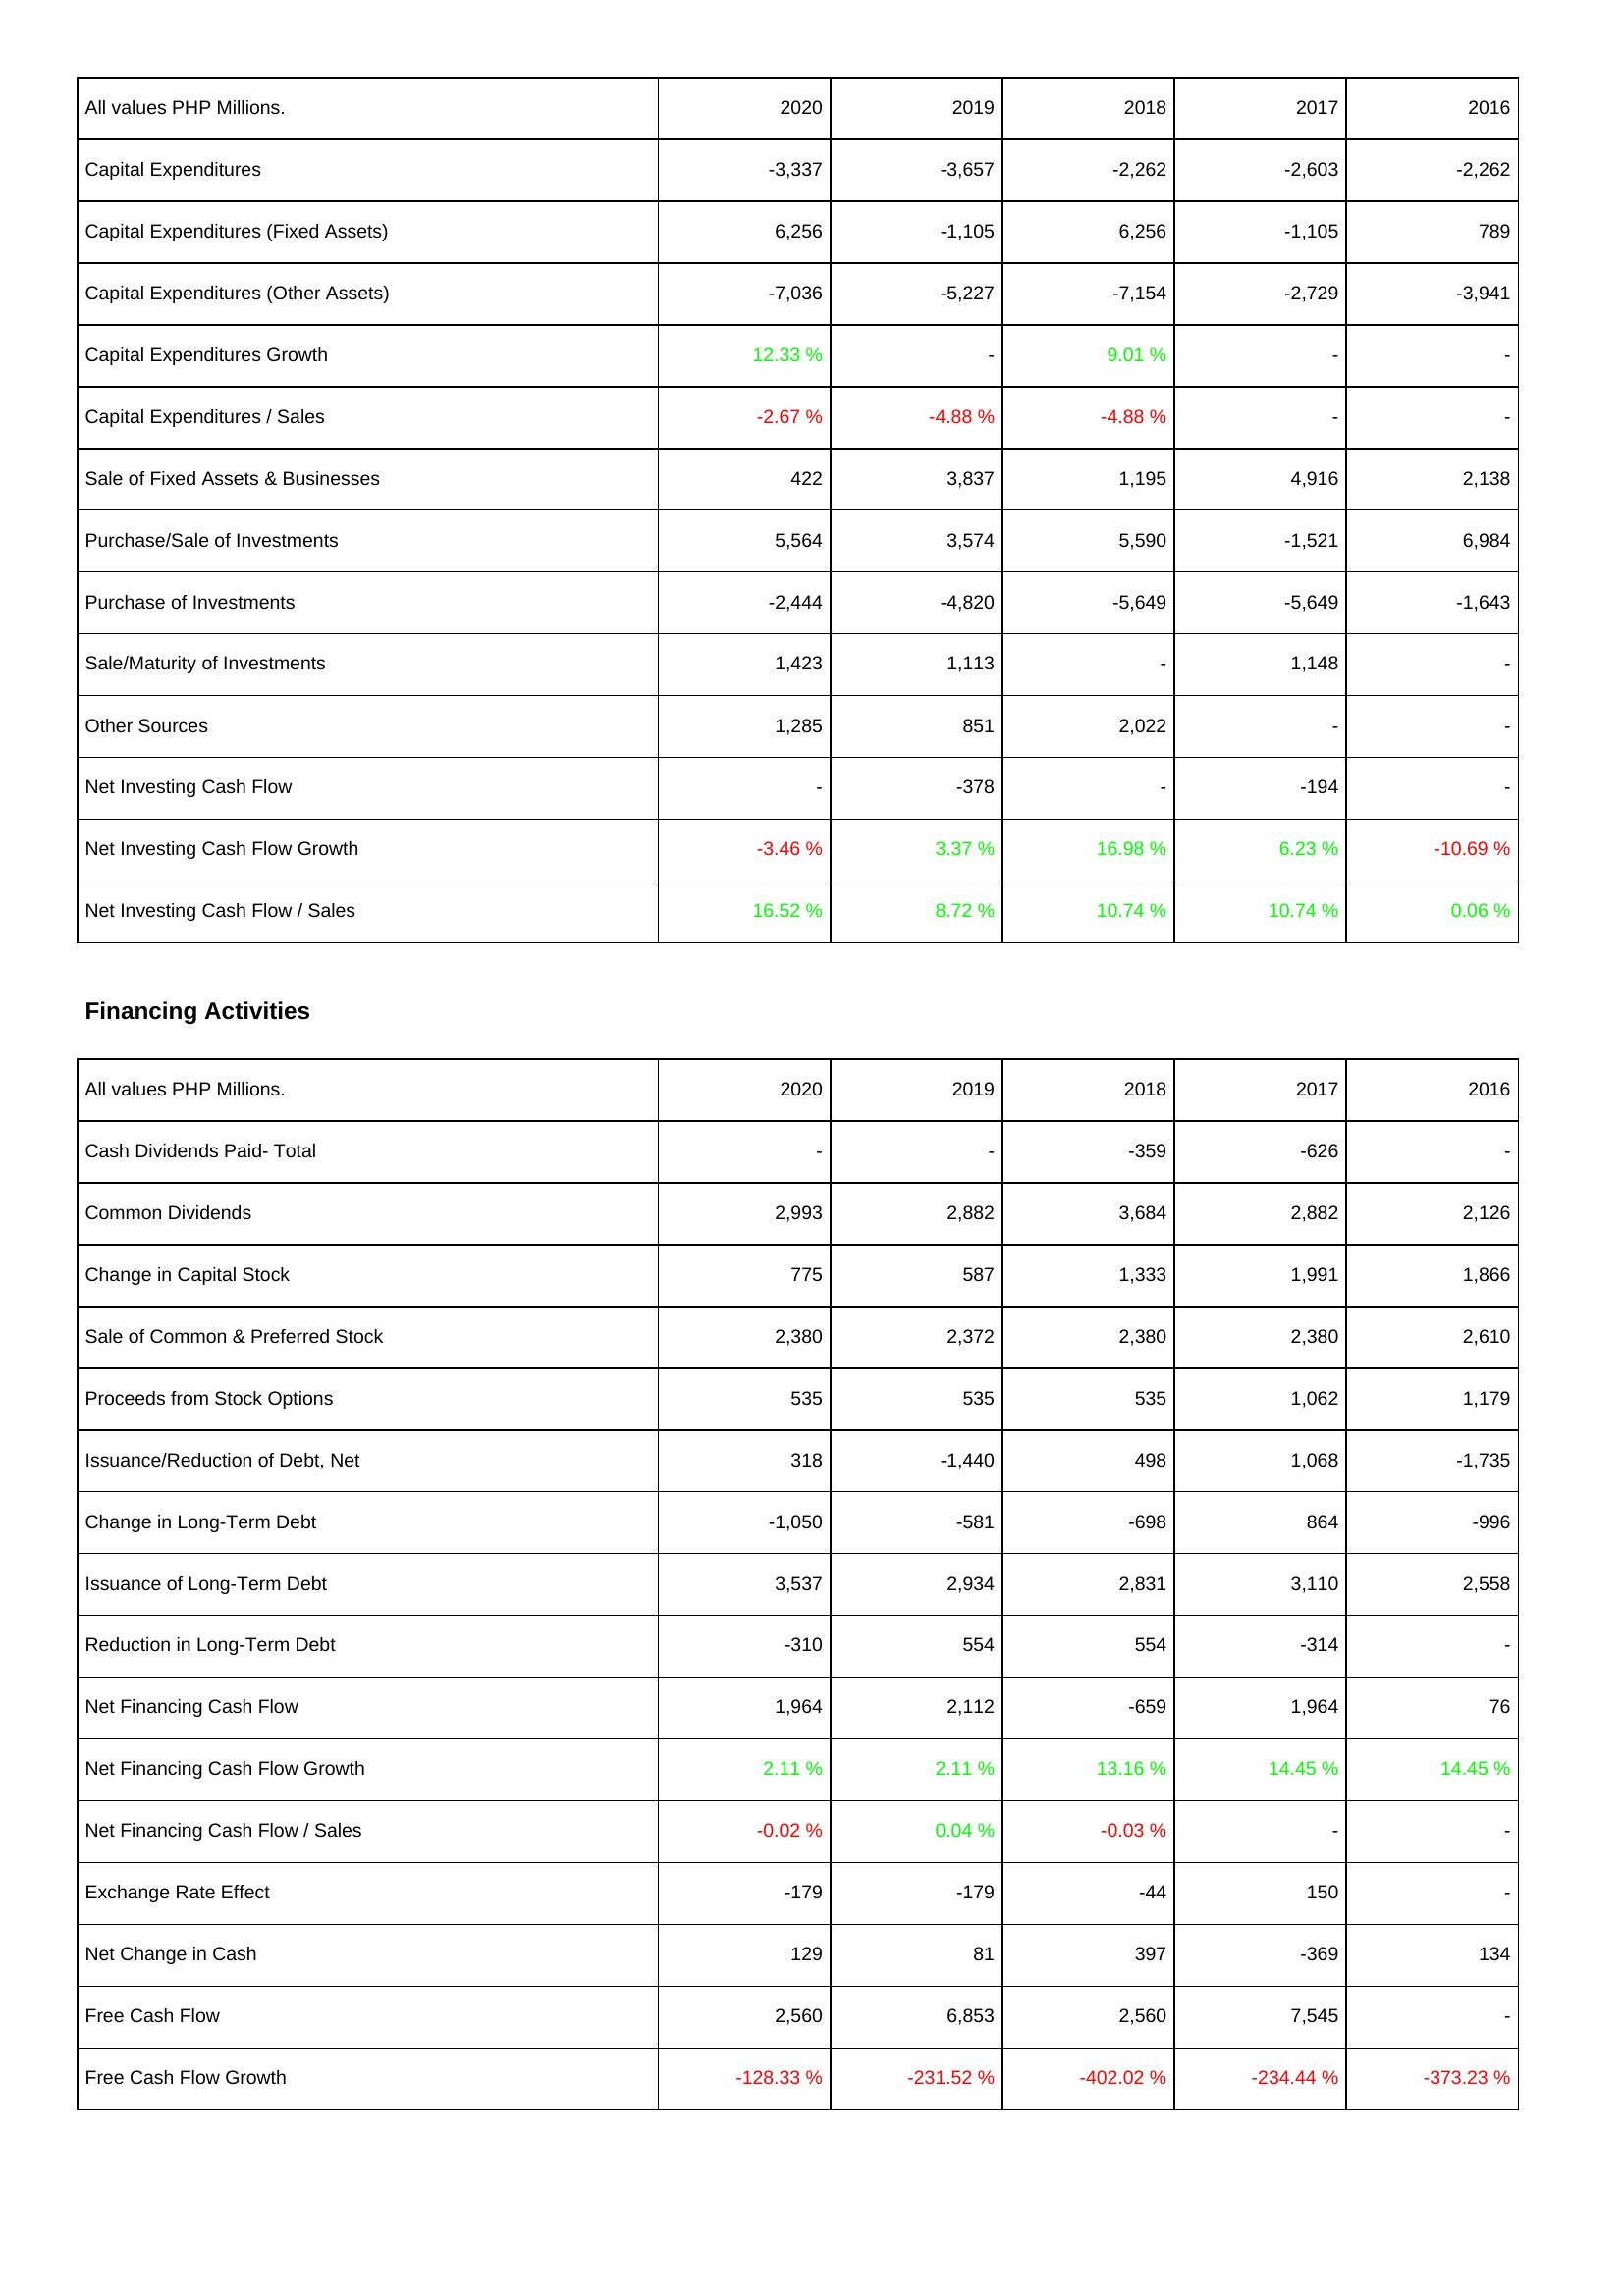
2020: Investing Activities: Capital Expenditures: -3,337
Capital Expenditures (Fixed Assets): 6,256
Capital Expenditures (Other Assets): -7,036
Capital Expenditures Growth: 12.33 %
Capital Expenditures / Sales: -2.67 %
Sale of Fixed Assets & Businesses: 422
Purchase/Sale of Investments: 5,564
Purchase of Investments: -2,444
Sale/Maturity of Investments: 1,423
Other Sources: 1,285
Net Investing Cash Flow: -
Net Investing Cash Flow Growth: -3.46 %
Net Investing Cash Flow / Sales: 16.52 %
Financing Activities: Cash Dividends Paid- Total: -
Common Dividends: 2,993
Change in Capital Stock: 775
Sale of Common & Preferred Stock: 2,380
Proceeds from Stock Options: 535
Issuance/Reduction of Debt, Net: 318
Change in Long-Term Debt: -1,050
Issuance of Long-Term Debt: 3,537
Reduction in Long-Term Debt: -310
Net Financing Cash Flow: 1,964
Net Financing Cash Flow Growth: 2.11 %
Net Financing Cash Flow / Sales: -0.02 %
Exchange Rate Effect: -179
Net Change in Cash: 129
Free Cash Flow: 2,560
Free Cash Flow Growth: -128.33 %
2019: Investing Activities: Capital Expenditures: -3,657
Capital Expenditures (Fixed Assets): -1,105
Capital Expenditures (Other Assets): -5,227
Capital Expenditures Growth: -
Capital Expenditures / Sales: -4.88 %
Sale of Fixed Assets & Businesses: 3,837
Purchase/Sale of Investments: 3,574
Purchase of Investments: -4,820
Sale/Maturity of Investments: 1,113
Other Sources: 851
Net Investing Cash Flow: -378
Net Investing Cash Flow Growth: 3.37 %
Net Investing Cash Flow / Sales: 8.72 %
Financing Activities: Cash Dividends Paid- Total: -
Common Dividends: 2,882
Change in Capital Stock: 587
Sale of Common & Preferred Stock: 2,372
Proceeds from Stock Options: 535
Issuance/Reduction of Debt, Net: -1,440
Change in Long-Term Debt: -581
Issuance of Long-Term Debt: 2,934
Reduction in Long-Term Debt: 554
Net Financing Cash Flow: 2,112
Net Financing Cash Flow Growth: 2.11 %
Net Financing Cash Flow / Sales: 0.04 %
Exchange Rate Effect: -179
Net Change in Cash: 81
Free Cash Flow: 6,853
Free Cash Flow Growth: -231.52 %
2018: Investing Activities: Capital Expenditures: -2,262
Capital Expenditures (Fixed Assets): 6,256
Capital Expenditures (Other Assets): -7,154
Capital Expenditures Growth: 9.01 %
Capital Expenditures / Sales: -4.88 %
Sale of Fixed Assets & Businesses: 1,195
Purchase/Sale of Investments: 5,590
Purchase of Investments: -5,649
Sale/Maturity of Investments: -
Other Sources: 2,022
Net Investing Cash Flow: -
Net Investing Cash Flow Growth: 16.98 %
Net Investing Cash Flow / Sales: 10.74 %
Financing Activities: Cash Dividends Paid- Total: -359
Common Dividends: 3,684
Change in Capital Stock: 1,333
Sale of Common & Preferred Stock: 2,380
Proceeds from Stock Options: 535
Issuance/Reduction of Debt, Net: 498
Change in Long-Term Debt: -698
Issuance of Long-Term Debt: 2,831
Reduction in Long-Term Debt: 554
Net Financing Cash Flow: -659
Net Financing Cash Flow Growth: 13.16 %
Net Financing Cash Flow / Sales: -0.03 %
Exchange Rate Effect: -44
Net Change in Cash: 397
Free Cash Flow: 2,560
Free Cash Flow Growth: -402.02 %
2017: Investing Activities: Capital Expenditures: -2,603
Capital Expenditures (Fixed Assets): -1,105
Capital Expenditures (Other Assets): -2,729
Capital Expenditures Growth: -
Capital Expenditures / Sales: -
Sale of Fixed Assets & Businesses: 4,916
Purchase/Sale of Investments: -1,521
Purchase of Investments: -5,649
Sale/Maturity of Investments: 1,148
Other Sources: -
Net Investing Cash Flow: -194
Net Investing Cash Flow Growth: 6.23 %
Net Investing Cash Flow / Sales: 10.74 %
Financing Activities: Cash Dividends Paid- Total: -626
Common Dividends: 2,882
Change in Capital Stock: 1,991
Sale of Common & Preferred Stock: 2,380
Proceeds from Stock Options: 1,062
Issuance/Reduction of Debt, Net: 1,068
Change in Long-Term Debt: 864
Issuance of Long-Term Debt: 3,110
Reduction in Long-Term Debt: -314
Net Financing Cash Flow: 1,964
Net Financing Cash Flow Growth: 14.45 %
Net Financing Cash Flow / Sales: -
Exchange Rate Effect: 150
Net Change in Cash: -369
Free Cash Flow: 7,545
Free Cash Flow Growth: -234.44 %
2016: Investing Activities: Capital Expenditures: -2,262
Capital Expenditures (Fixed Assets): 789
Capital Expenditures (Other Assets): -3,941
Capital Expenditures Growth: -
Capital Expenditures / Sales: -
Sale of Fixed Assets & Businesses: 2,138
Purchase/Sale of Investments: 6,984
Purchase of Investments: -1,643
Sale/Maturity of Investments: -
Other Sources: -
Net Investing Cash Flow: -
Net Investing Cash Flow Growth: -10.69 %
Net Investing Cash Flow / Sales: 0.06 %
Financing Activities: Cash Dividends Paid- Total: -
Common Dividends: 2,126
Change in Capital Stock: 1,866
Sale of Common & Preferred Stock: 2,610
Proceeds from Stock Options: 1,179
Issuance/Reduction of Debt, Net: -1,735
Change in Long-Term Debt: -996
Issuance of Long-Term Debt: 2,558
Reduction in Long-Term Debt: -
Net Financing Cash Flow: 76
Net Financing Cash Flow Growth: 14.45 %
Net Financing Cash Flow / Sales: -
Exchange Rate Effect: -
Net Change in Cash: 134
Free Cash Flow: -
Free Cash Flow Growth: -373.23 %